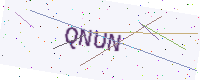
Text: QNUN